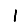
Digit: 1